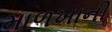
માળખાની